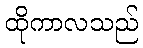
ထိုကာလသည်